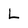
Character: L